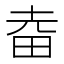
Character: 𤱒